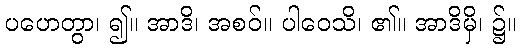
ပဟေတွာ၊ ၍။ အာဒိ၊ အစဝ်။ ပါဝေသိ၊ ၏။ အာဒိမှိ၊ ၌။